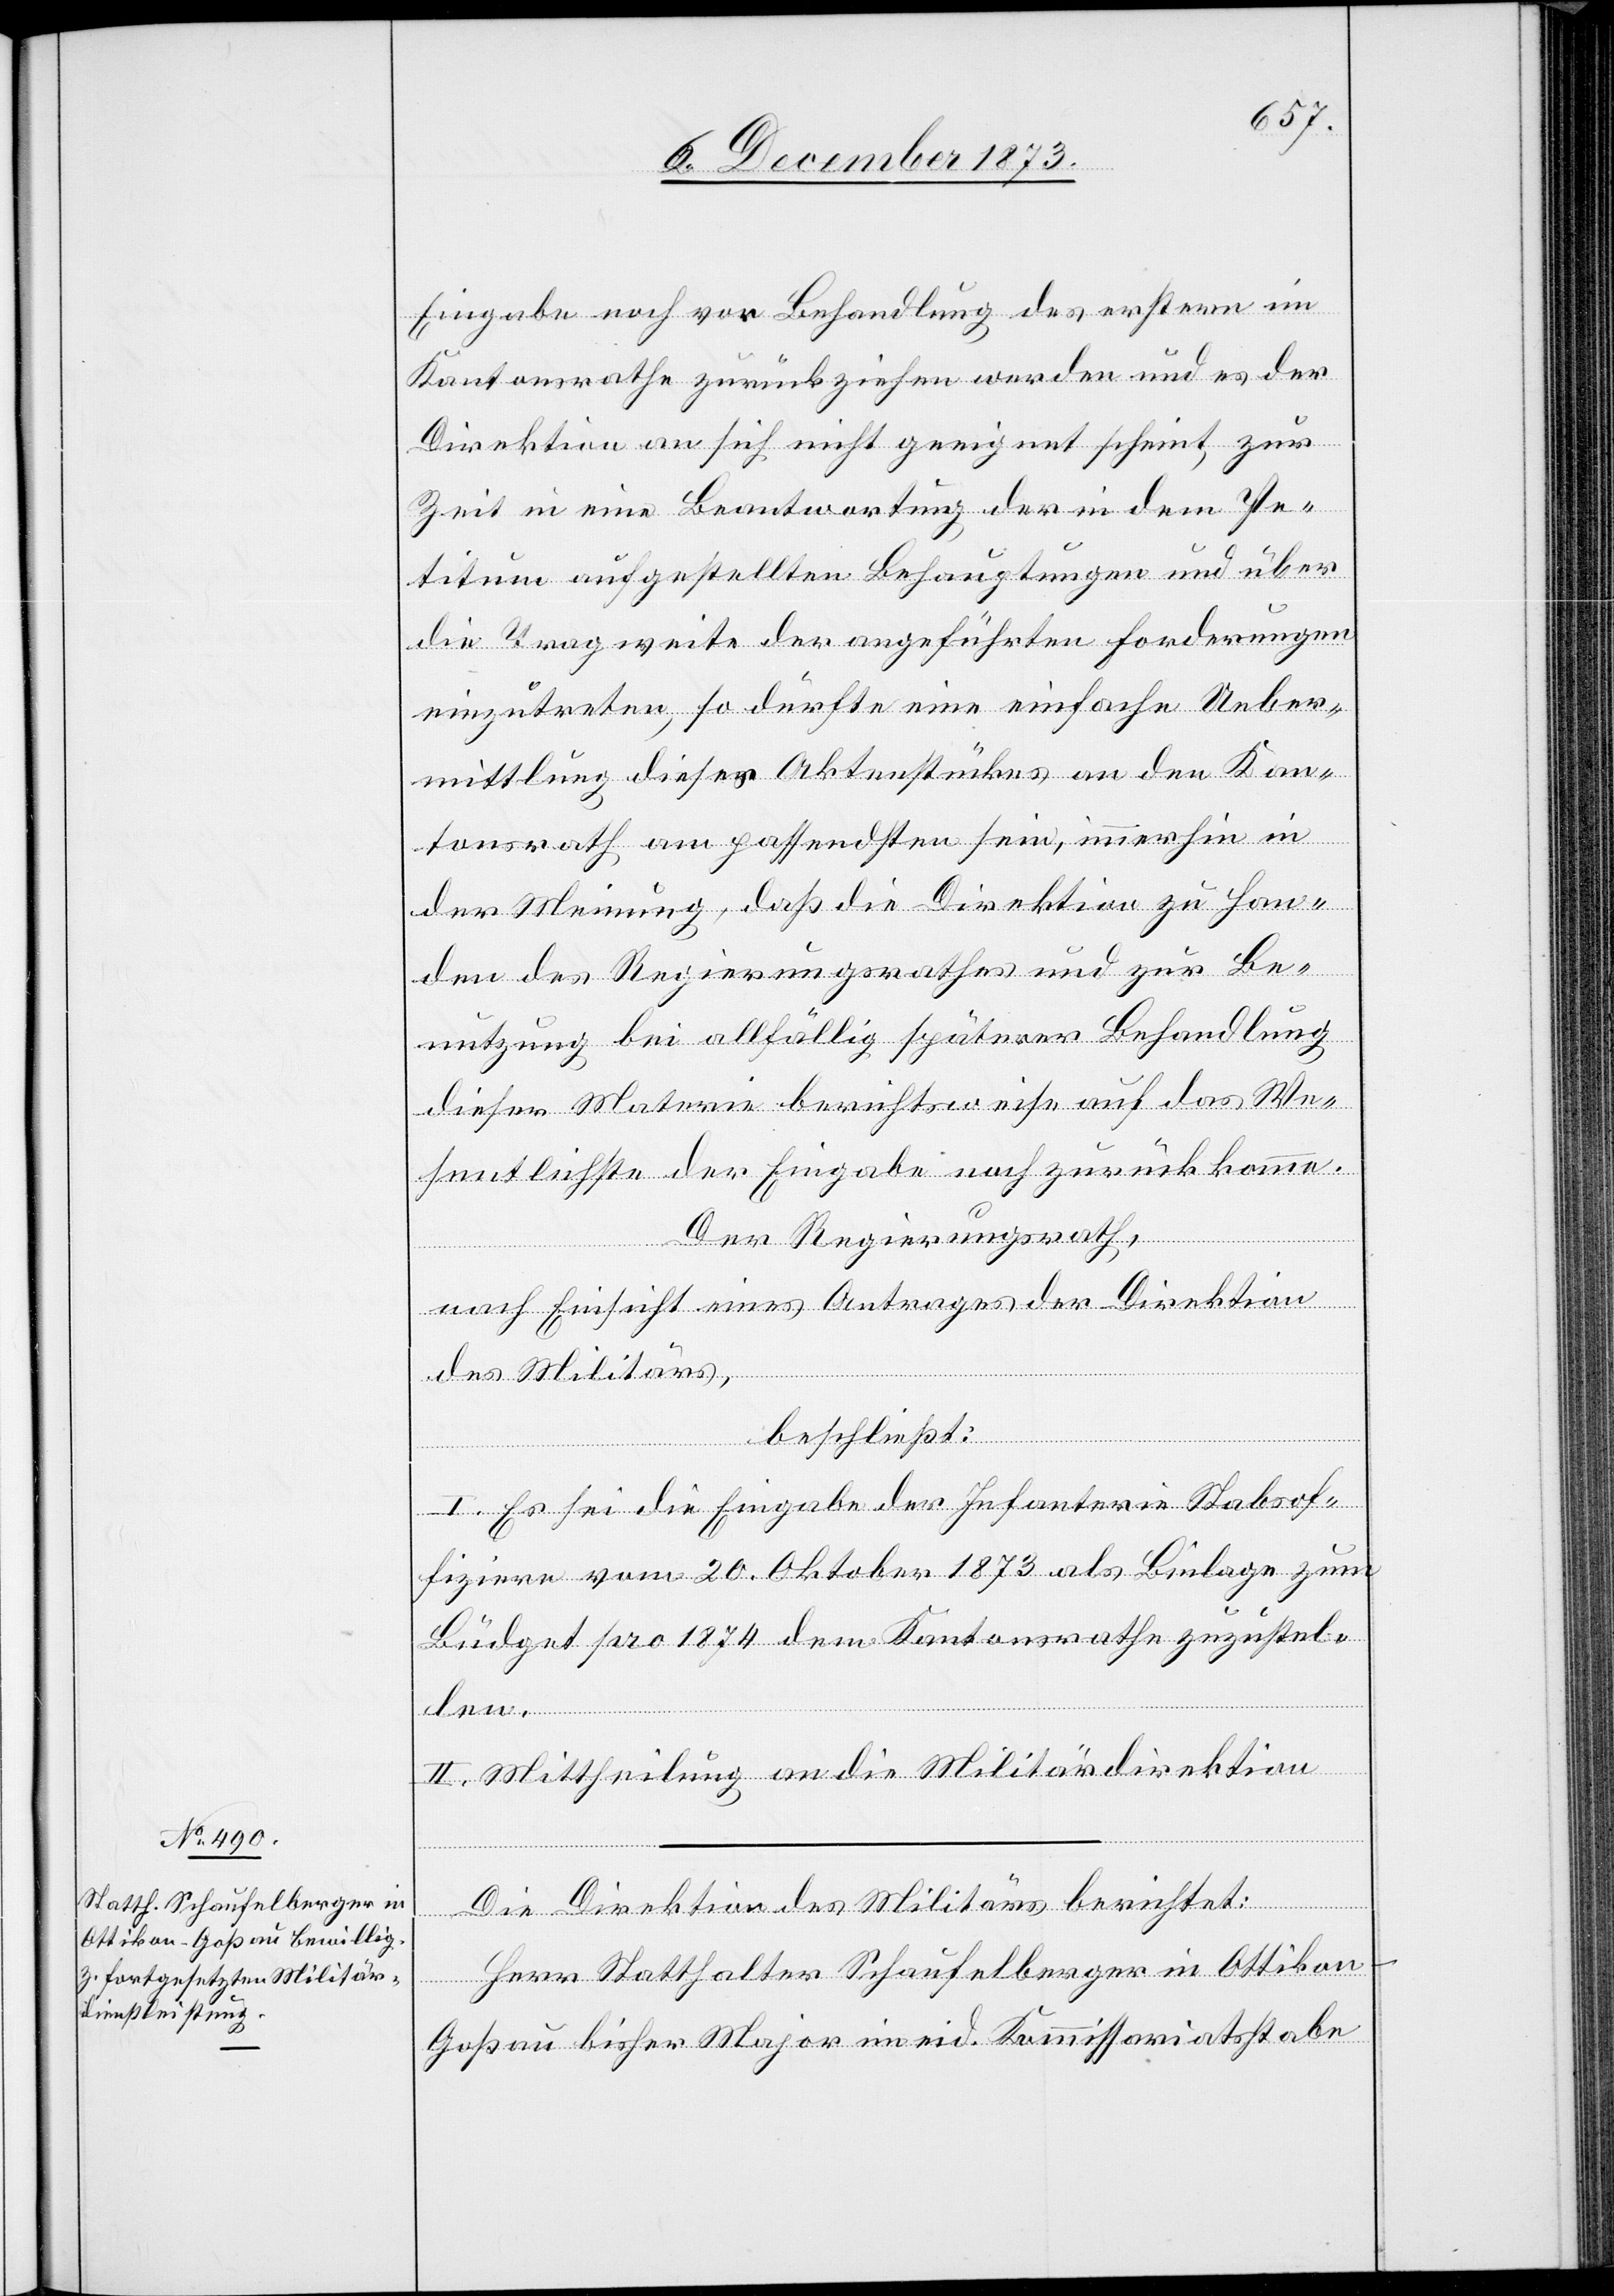
Eingabe noch vor Behandlung des erstern im
Kantonsrathe zurückziehen werden und es der
Direktion an sich nicht geeignet scheint, zur
Zeit in eine Beantwortung der in dem Pe¬
titum aufgestellten Behauptungen und über
die Tragweite der angeführten Forderungen
einzutreten, so dürfte eine einfache Ueber¬
mittlung dieses Aktenstückes an den Kan¬
tonsrath am passendsten sein, immerhin in
der Meinung, daß die Direktion zu Han¬
den des Regierungsrathes und zur Be¬
nutzung bei allfällig späterer Behandlung
dieser Materie berichtsweise auf das We¬
sentlichste der Eingabe noch zurückkomme.
Der Regierungsrath,
nach Einsicht eines Antrages der Direktion
des Militärs,
beschließt:
I. Es sei die Eingabe der Infanterie Stabsof¬
fiziere vom 20. Oktober 1873 als Beilage zum
Büdget pro 1874 dem Kantonsrathe zuzustel¬
len.
II. Mittheilung an die Militärdirektion.
Die Direktion des Militärs berichtet:
Herr Statthalter Schaufelberger in Ottikon
Goßau bisher Major im eid. Kommissariatsstabe